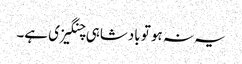
یہ نہ ہو تو بادشاہی چنگیزی ہے۔